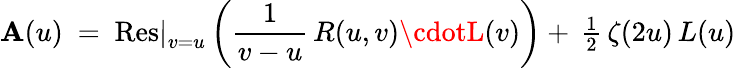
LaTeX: \mathbf{A}(u)~=~\mathrm{{Res}}\vert_{v=u}^{}\left({\frac{{1}}{{v-u}}}\, R(u,v)\cdotL(v)\right)+\, {\textstyle{\frac{{1}}{{2}}}}\, \zeta(2u)\, L(u)